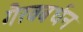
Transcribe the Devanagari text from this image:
गैरवबर्धन